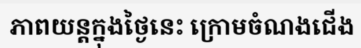
ភាពយន្តក្នុងថ្ងៃនេះ ក្រោមចំណងជើង